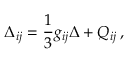
\Delta _ { i j } = \frac 1 3 g _ { i j } \Delta + Q _ { i j } \, ,